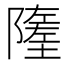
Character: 𨼰